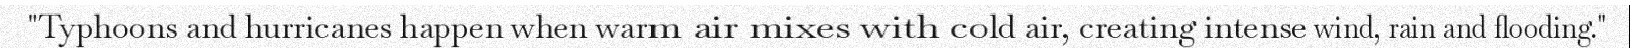
"Typhoons and hurricanes happen when warm air mixes with cold air, creating intense wind, rain and flooding."